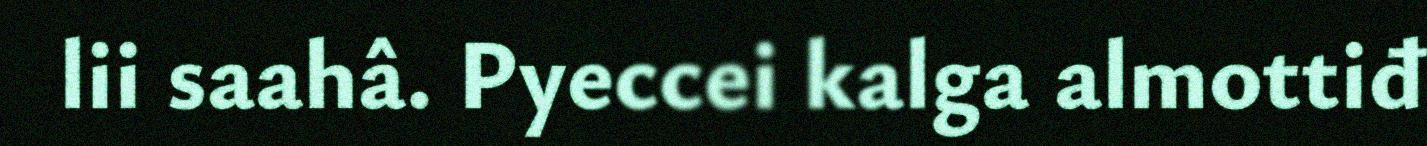
lii saahâ. Pyeccei kalga almottiđ